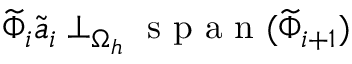
\widetilde { \Phi } _ { i } \widetilde { \boldsymbol { a } } _ { i } \perp _ { \Omega _ { h } } \mathrm { ~ s ~ p ~ a ~ n ~ } ( \widetilde { \Phi } _ { i + 1 } )